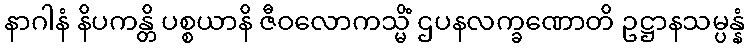
နာဂါနံ နိပကန္တိ ပစ္စယာနိ ဇီဝလောကသ္မိံ ဌပနလက္ခဏောတိ ဥဋ္ဌာနသမ္ပန္နံ